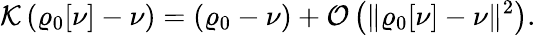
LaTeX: {\displaystyle{\cal K}\left(\varrho_{\mathrm{0}}[\nu]-\nu\right)=\left(\varrho_{\mathrm{0}}-\nu\right)+{\cal O}\left(\| \varrho_{\mathrm{0}}[\nu]-\nu\| ^{2}\right).}